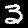
Label: 3